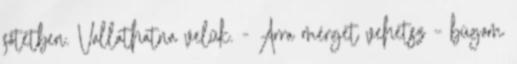
sötétben. Vallathatna velük. - Arra mérget vehetsz – búgom